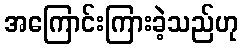
အကြောင်းကြားခဲ့သည်ဟု